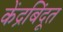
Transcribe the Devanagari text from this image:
केंद्रबिंदूत